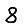
Digit: 8